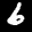
Label: 6